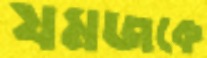
যমজকে